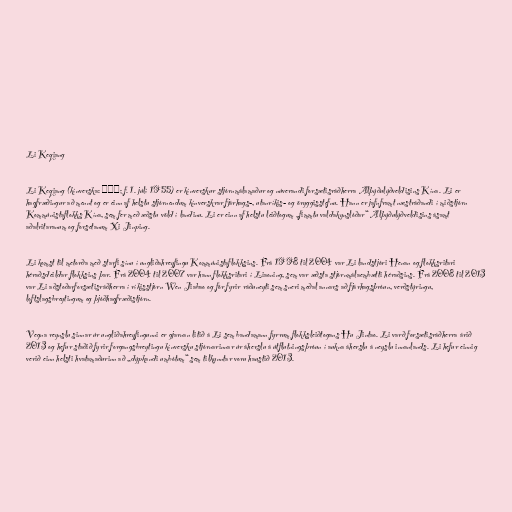
Li Keqiang

Li Keqiang (kínverska: 李克强; f. 1. júlí 1955) er kínverskur stjórnmálamaður og núverandi forsætisráðherra Alþýðulýðveldisins Kína. Li er
hagfræðingur að mennt og er einn af helstu stjórnendum kínverskrar fjárhags-, utanríkis- og öryggisstefnu. Hann er jafnframt næstráðandi í miðstjórn
Kommúnistaflokks Kína, sem fer með æðstu völd í landinu. Li er einn af helstu leiðtogum „fimmtu valdakynslóðar“ Alþýðulýðveldisins ásamt
aðalritaranum og forsetanum Xi Jinping.

Li komst til metorða með starfi sínu í ungliðahreyfingu Kommúnistaflokksins. Frá 1998 til 2004 var Li landstjóri Henan og flokksritari
héraðsdeildar flokksins þar. Frá 2004 til 2007 var hann flokksritari í Liaoning, sem var æðsta stjórnmálaembætti héraðsins. Frá 2008 til 2013
var Li aðstoðarforsætisráðherra í ríkisstjórn Wen Jiabao og fór fyrir ráðuneyti sem sneri meðal annars að fjárhagsþróun, verðstýringu,
loftslagsbreytingum og þjóðhagfræðistjórn.

Vegna reynslu sinnar úr ungliðahreyfingunni er gjarnan litið á Li sem bandamann fyrrum flokksleiðtogans Hu Jintao. Li varð forsætisráðherra árið
2013 og hefur staðið fyrir forgangsbreytingu kínversku stjórnarinnar úr áherslu á útflutningsþróun í aukna áherslu á neyslu innanlands. Li hefur einnig
verið einn helsti hvatamaðurinn að „dýpkandi umbótum“ sem tilkynntar voru haustið 2013.